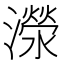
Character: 濴